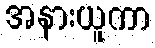
အနားယူကာ